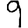
Digit: 9